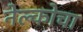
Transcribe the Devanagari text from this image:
नेल्कोचा